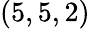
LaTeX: (5,5,2)